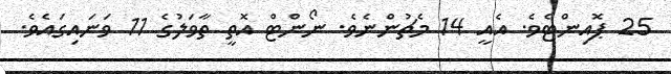
25 ޕޮއިންޓެވެ. އެއީ 14 މެޗުންނެވެ. ނޯންޓް އޮތީ ތާވަލުގެ 11 ވަނައިގައެވެ.